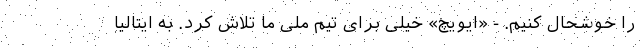
را خوشحال کنیم. - «ایویچ» خیلی برای تیم ملی ما تلاش کرد. به ایتالیا